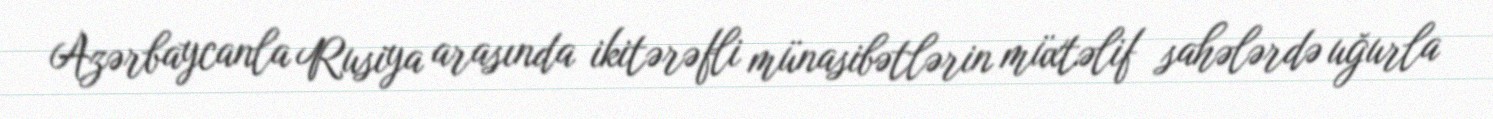
Azərbaycanla Rusiya arasında ikitərəfli münasibətlərin müxtəlif sahələrdə uğurla